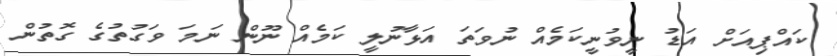
ކައްޕިއަށް އަޑު ނީވުނީކަމެއް ނުވަތަ އަޅާނުލީ ކަމެއް ނޫން ނަމަ ވަގުތުގެ ގޮތުން